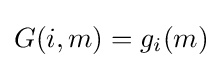
G(i,m)=g_{i}(m)